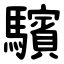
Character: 驞